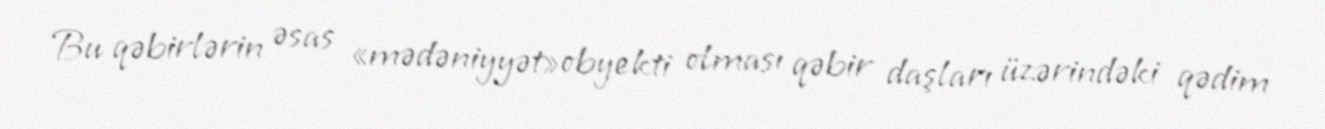
Bu qəbirlərin əsas «mədəniyyət» obyekti olması qəbir daşları üzərindəki qədim